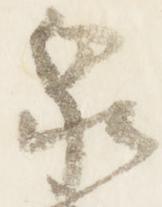
泉